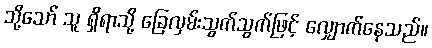
သို့သော် သူ ရှိရာသို့ ခြေလှမ်းသွက်သွက်ဖြင့် လျှောက်နေသည်။